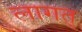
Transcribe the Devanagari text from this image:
लागत्